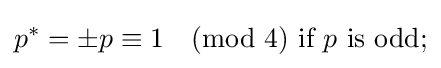
p^{*}=\pm p\equiv 1{\pmod {4}}{\text{ if }}p{\text{ is odd}};